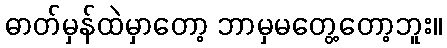
ဓာတ်မှန်ထဲမှာတော့ ဘာမှမတွေ့တော့ဘူး။